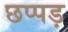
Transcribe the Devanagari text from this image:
छप्पड़